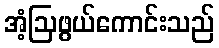
အံ့ဩဖွယ်ကောင်းသည်